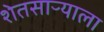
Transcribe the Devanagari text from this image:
शेतसाऱ्याला